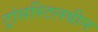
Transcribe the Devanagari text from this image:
ट्रांसस्टिलबीन